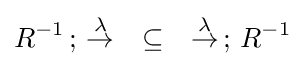
R^{-1}\,;\,{\overset {\lambda }{\rightarrow }}\quad {\subseteq }\quad {\overset {\lambda }{\rightarrow }}\,;\,R^{-1}